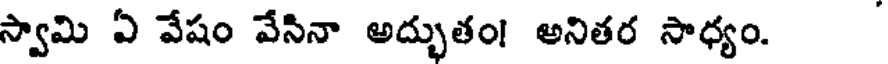
స్వామి ఏ వేషం వేసినా అద్భుతం! అనితర సాధ్యం.